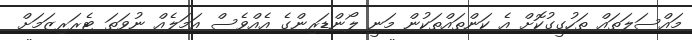
މައްސަލަތައް ތަހުގީގުކޮށް އެ ކަންތައްތަކުން މަނީ ލޯންޑަރިންގެ އެއްވެސް އަމަލެއް ނުވަތަ ޓެރަރިޒަމަށް